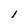
Character: 1